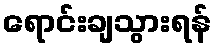
ရောင်းချသွားရန်